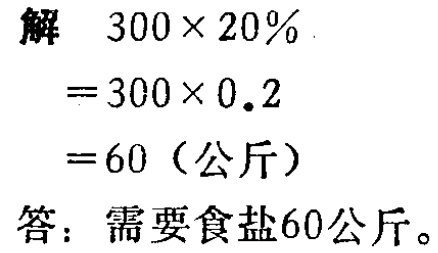
解 \(300\times 20\%\)

\(=300\times 0.2\)

\(=60\)（公斤）

答：需要食盐60公斤。